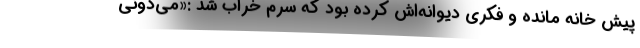
پیش خانه مانده و فکری دیوانه‌اش کرده بود که سرم خراب شد :«می‌دونی